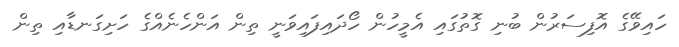
ހައިވޭގެ އޮފިސަރުން ބުނި ގޮތުގައި އެމީހުން ހޯދައިފައިވަނީ ތިން އަންހެނެއްގެ ހަށިގަނޑާއި ތިން